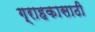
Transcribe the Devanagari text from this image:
ग्राहकासाठी